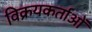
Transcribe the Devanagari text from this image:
विक्रयकर्ताओं